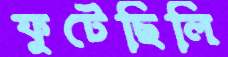
ফুটেছিলি